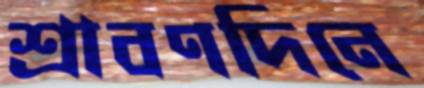
শ্রাবণদিনে